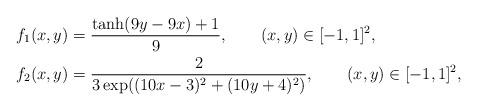
LaTeX: \begin{align*}&f_1(x,y)=\frac{\tanh(9y-9x)+1}{9}, \qquad(x,y)\in[-1,1]^2,\\&f_2(x,y)=\frac{2}{3\exp((10x-3)^2+(10y+4)^2)}, \qquad(x,y)\in[-1,1]^2,\end{align*}